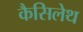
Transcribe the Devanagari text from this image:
कैसिलेथ